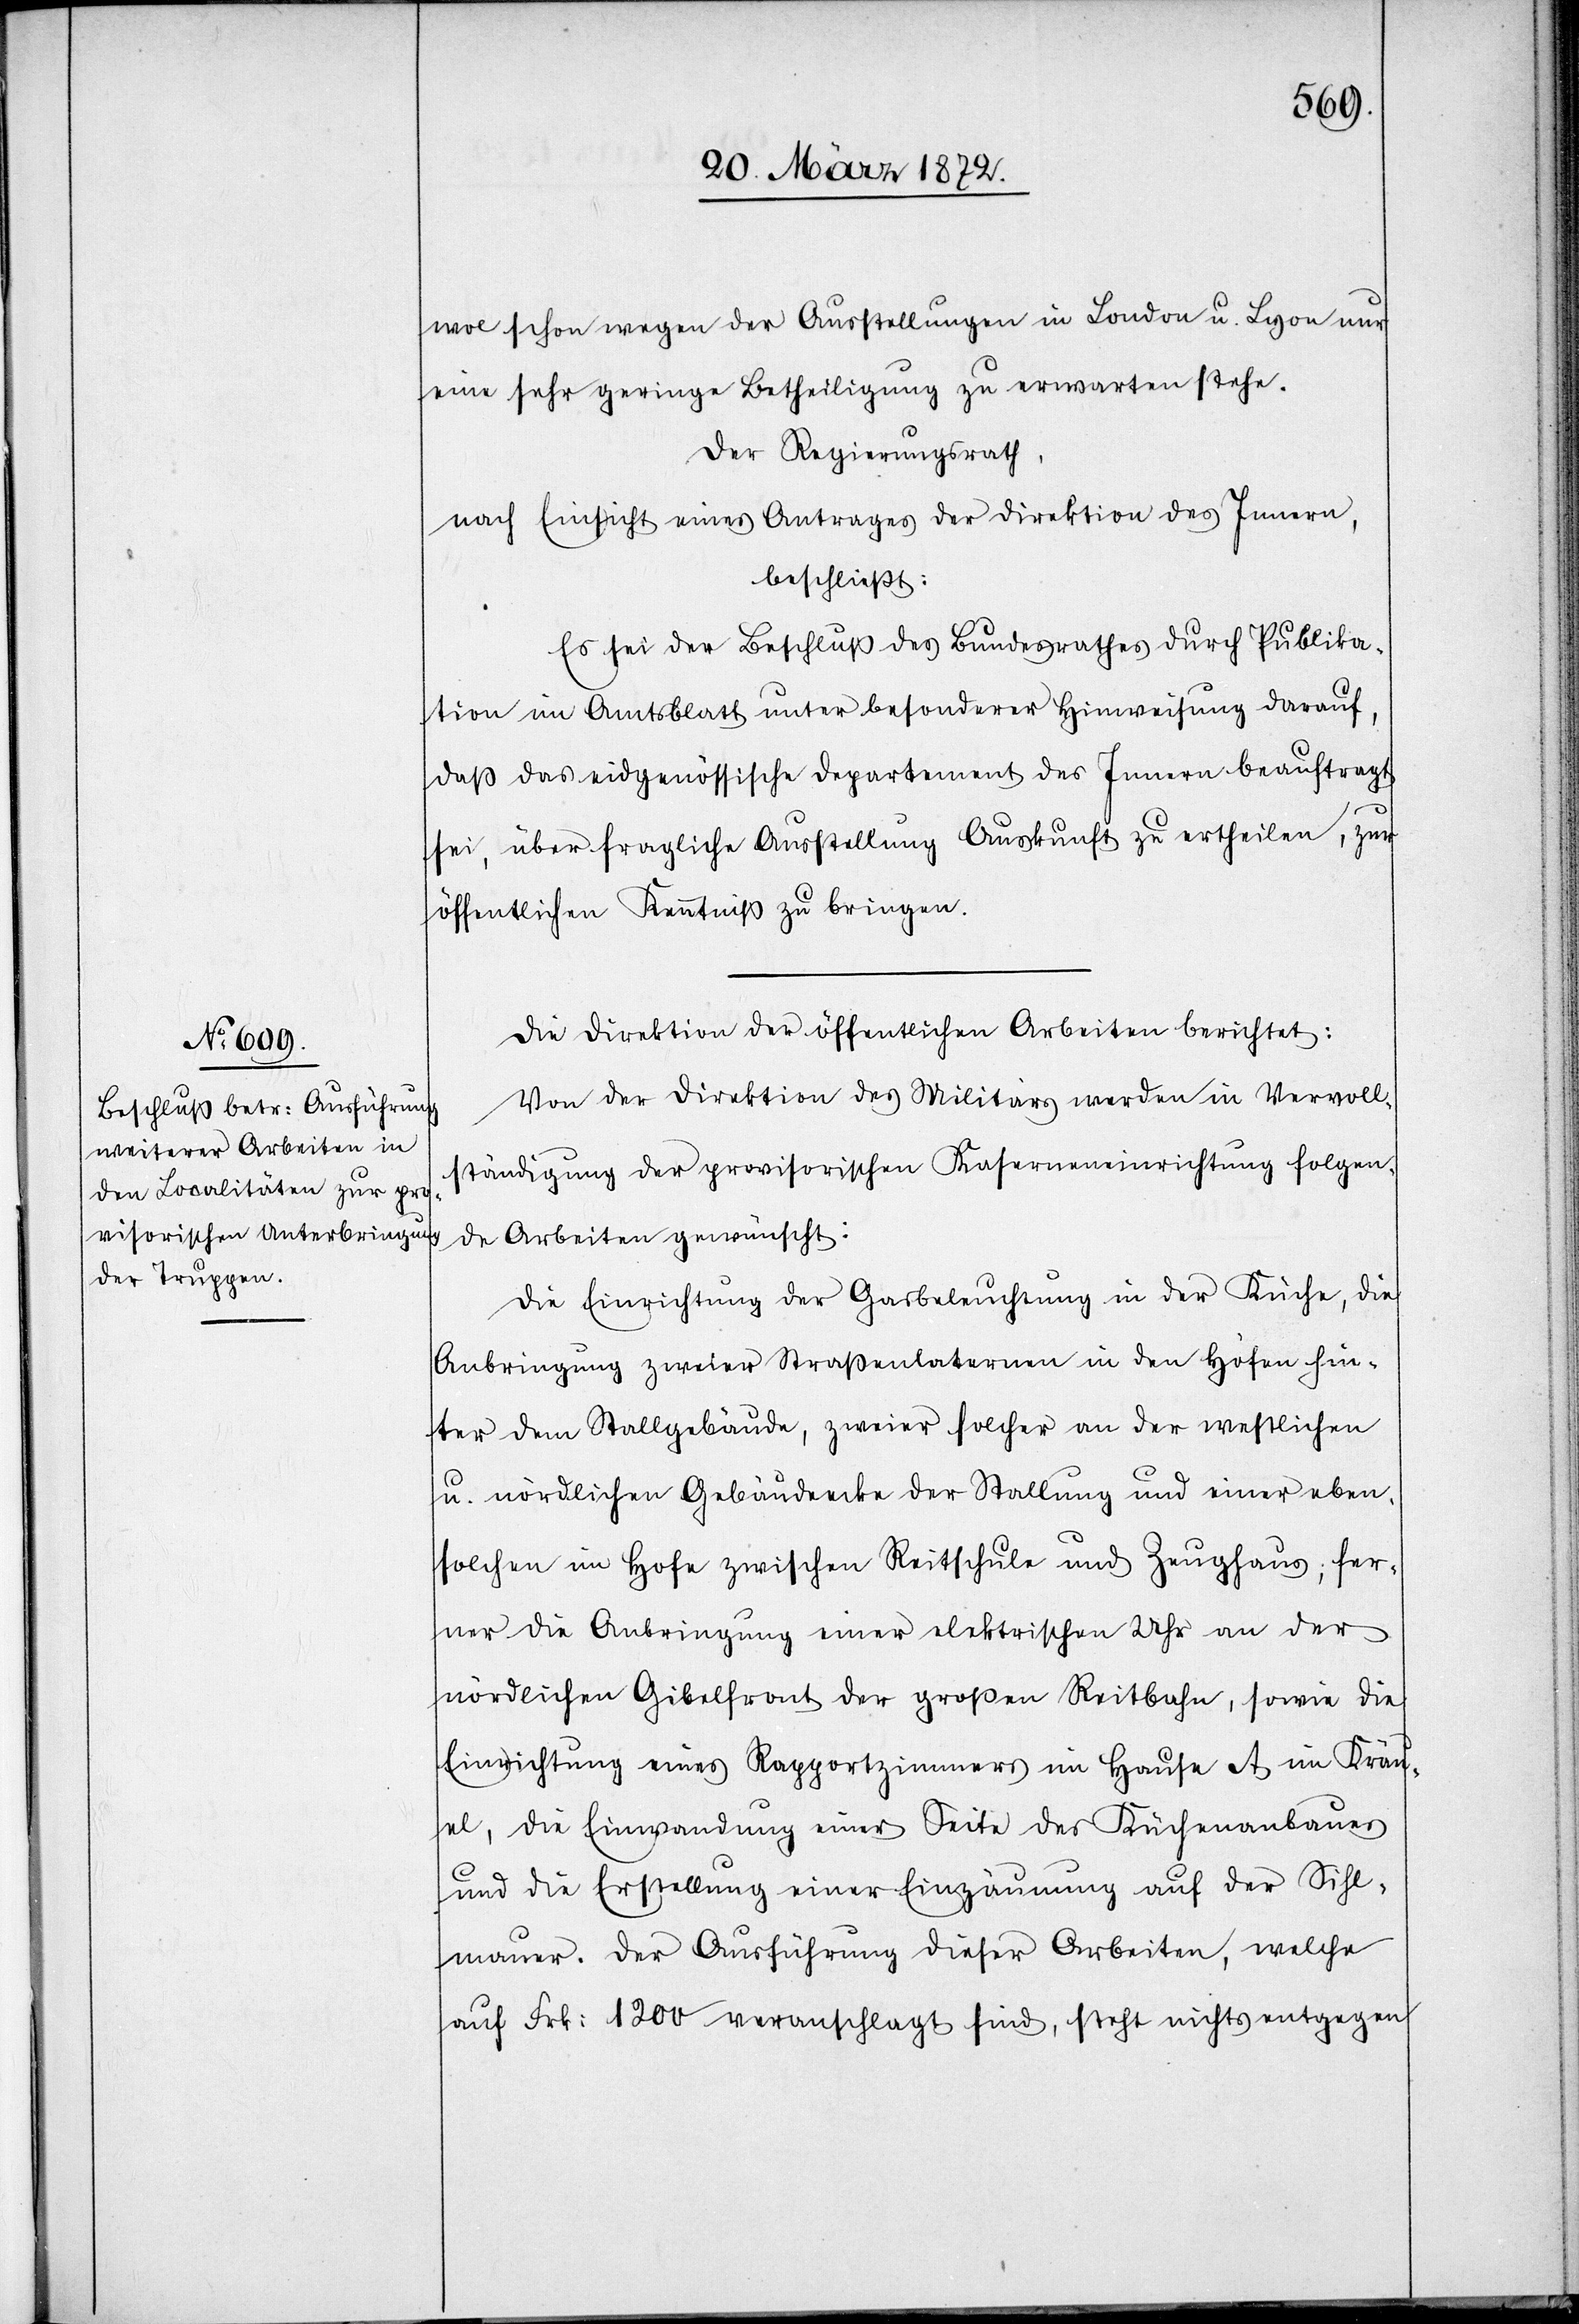
wol schon wegen der Ausstellung in London u. Lyon nur
eine sehr geringe Betheiligung zu erwarten stehe.
Der Regierungsrath,
nach Einsicht eines Antrages der Direktion des Innern,
beschließt:
Es sei der Beschluß des Bundesrathes durch Publika¬
tion im Amtsblatt unter besonderer Hinweisung darauf,
daß das eidgenössische Departement des Innern beauftragt
sei, über fragliche Ausstellung Auskunft zu ertheilen, zur
öffentlichen Kenntniß zu bringen.
Die Direktion der öffentlichen Arbeiten berichtet:
Von der Direktion des Militärs werden in Vervoll¬
ständigung der provisorischen Kaserneneinrichtung folgen¬
de Arbeiten gewünscht:
Die Einrichtung der Gasbeleuchtung in der Küche, die
Anbringung zweier Straßenlaternen in den Höfen hin¬
ter dem Stallgebäude, zweier solcher an der westlichen
u. nördlichen Gebäudeecke der Stallung und einer eben¬
solchen im Hofe zwischen Reitschule und Zeughaus; fer¬
ner die Anbringung einer elektrischen Uhr an der
nördlichen Gibelfront der großen Reitbahn, sowie die
Einrichtung eine Rapportzimmers im Hause A im Kräu¬
el, die Einwandung einer Seite des Küchenbaues
und die Erstellung einer Einzäumung auf der Sihl¬
mauer. Der Ausführung dieser Arbeiten, welche
auf Frk: 1200 veranschlagt sind, steht nichts entgegen